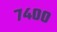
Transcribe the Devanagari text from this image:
७४००